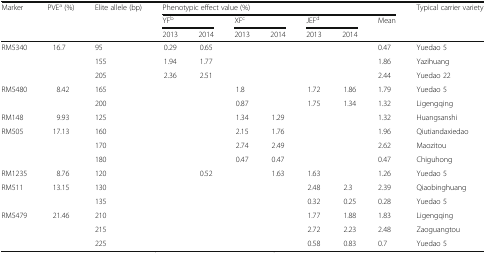
| <ROWSPAN=3> Marker | <ROWSPAN=3> PVEa (%) | <ROWSPAN=3> Elite allele (bp) | <COLSPAN=7> Phenotypic effect value (%) | Typical carrier variety |
 | <COLSPAN=2> YFb | <COLSPAN=2> XFc | <COLSPAN=2> JEFd | <ROWSPAN=2> Mean | <ROWSPAN=2>  |
 | 2013 | 2014 | 2013 | 2014 | 2013 | 2014 |
 | --- | --- | --- | --- | --- | --- | --- | --- | --- | --- | --- |
 | <ROWSPAN=3> RM5340 | <ROWSPAN=3> 16.7 | 95 | 0.29 | 0.65 |  |  |  |  | 0.47 | Yuedao 5 |
 | 155 | 1.94 | 1.77 |  |  |  |  | 1.86 | Yazihuang |
 | 205 | 2.36 | 2.51 |  |  |  |  | 2.44 | Yuedao 22 |
 | <ROWSPAN=2> RM5480 | <ROWSPAN=2> 8.42 | 165 |  |  | 1.8 |  | 1.72 | 1.86 | 1.79 | Yuedao 5 |
 | 200 |  |  | 0.87 |  | 1.75 | 1.34 | 1.32 | Ligengqing |
 | RM148 | 9.93 | 125 |  |  | 1.34 | 1.29 |  |  | 1.32 | Huangsanshi |
 | <ROWSPAN=3> RM505 | <ROWSPAN=3> 17.13 | 160 |  |  | 2.15 | 1.76 |  |  | 1.96 | Qiutiandaxiedao |
 | 170 |  |  | 2.74 | 2.49 |  |  | 2.62 | Maozitou |
 | 180 |  |  | 0.47 | 0.47 |  |  | 0.47 | Chiguhong |
 | RM1235 | 8.76 | 120 |  | 0.52 |  | 1.63 | 1.63 |  | 1.26 | Yuedao 5 |
 | <ROWSPAN=2> RM511 | <ROWSPAN=2> 13.15 | 130 |  |  |  |  | 2.48 | 2.3 | 2.39 | Qiaobinghuang |
 | 135 |  |  |  |  | 0.32 | 0.25 | 0.28 | Yuedao 5 |
 | <ROWSPAN=3> RM5479 | <ROWSPAN=3> 21.46 | 210 |  |  |  |  | 1.77 | 1.88 | 1.83 | Ligengqing |
 | 215 |  |  |  |  | 2.72 | 2.23 | 2.48 | Zaoguangtou |
 | 225 |  |  |  |  | 0.58 | 0.83 | 0.7 | Yuedao 5 |